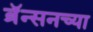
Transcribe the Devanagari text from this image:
ब्रॅन्सनच्या